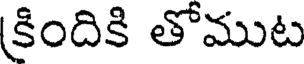
(కిందికి తోముట